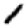
Digit: 1